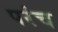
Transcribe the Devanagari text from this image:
परंच